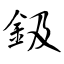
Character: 鈒